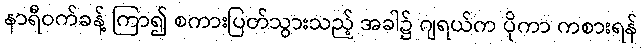
နာရီဝက်ခန့် ကြာ၍ စကားပြတ်သွားသည့် အခါ၌ ဂျရယ်က ပိုကာ ကစားရန်